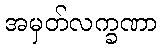
အမှတ်လက္ခဏာ